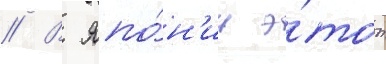
// В япо́н'ии э́тот